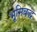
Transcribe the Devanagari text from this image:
भूमिबद्ध